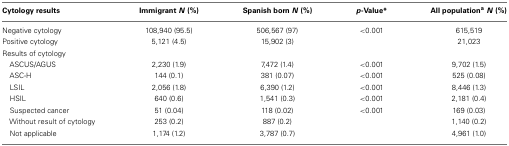
<table><thead><tr><td><b>Cytology results</b></td><td><b>Immigrant <i>N</i> (%)</b></td><td><b>Spanish born <i>N</i> (%)</b></td><td><b><i>p</i>-Value*</b></td><td><b>All population<sup>a</sup><i>N</i> (%)</b></td></tr></thead><tbody><tr><td>Negative cytology</td><td>108,940 (95.5)</td><td>506,567 (97)</td><td>&lt;0.001</td><td>615,519</td></tr><tr><td>Positive cytology</td><td>5,121 (4.5)</td><td>15,902 (3)</td><td></td><td>21,023</td></tr><tr><td>Results of cytology</td></tr><tr><td> ASCUS/AGUS</td><td>2,230 (1.9)</td><td>7,472 (1.4)</td><td>&lt;0.001</td><td>9,702 (1.5)</td></tr><tr><td> ASC-H</td><td>144 (0.1)</td><td>381 (0.07)</td><td>&lt;0.001</td><td>525 (0.08)</td></tr><tr><td> LSIL</td><td>2,056 (1.8)</td><td>6,390 (1.2)</td><td>&lt;0.001</td><td>8,446 (1.3)</td></tr><tr><td> HSIL</td><td>640 (0.6)</td><td>1,541 (0.3)</td><td>&lt;0.001</td><td>2,181 (0.4)</td></tr><tr><td> Suspected cancer</td><td>51 (0.04)</td><td>118 (0.02)</td><td>&lt;0.001</td><td>169 (0.03)</td></tr><tr><td> Without result of cytology</td><td>253 (0.2)</td><td>887 (0.2)</td><td></td><td>1,140 (0.2)</td></tr><tr><td> Not applicable</td><td>1,174 (1.2)</td><td>3,787 (0.7)</td><td></td><td>4,961 (1.0)</td></tr></tbody></table>